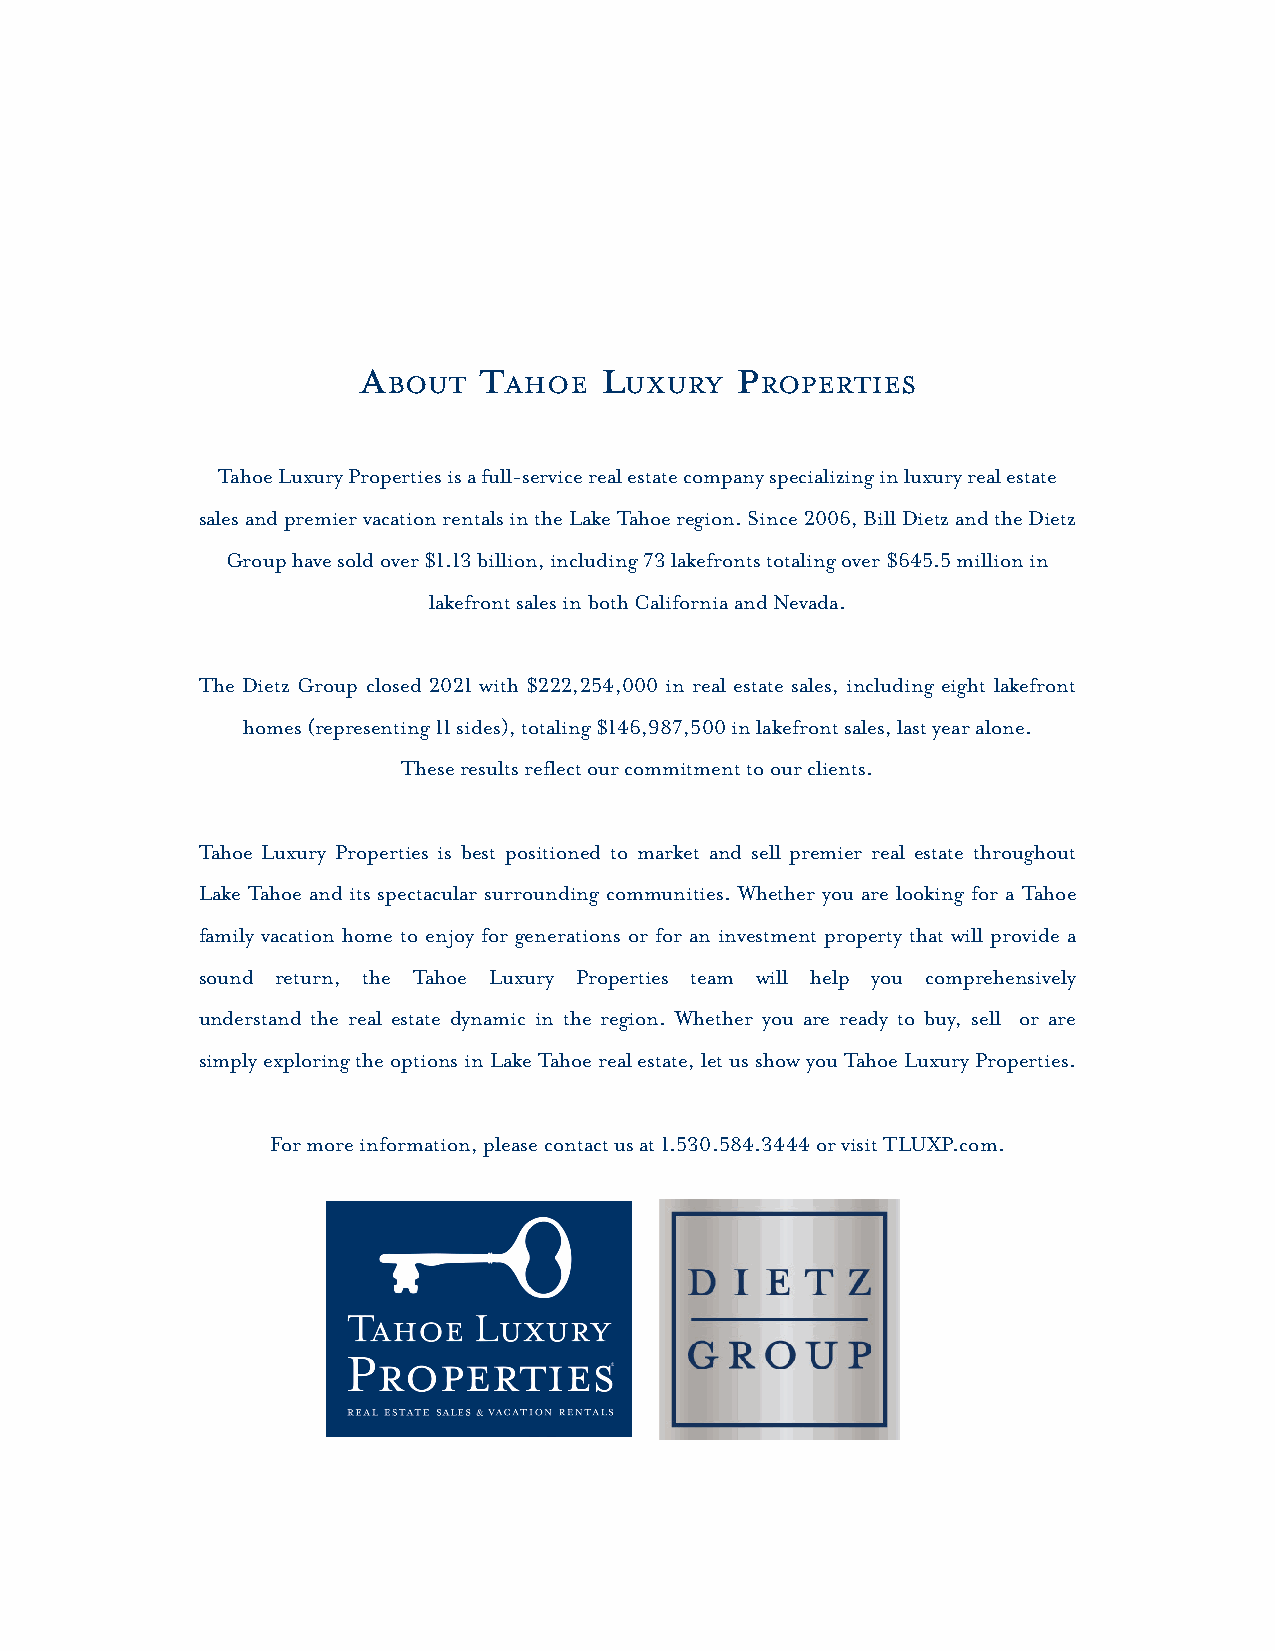
TOC
 a       T       L        p
 BouT   ahoe    uxuRY    RopeRTies
 Tahoe Luxury Properties is a full-service real estate company specializing in luxury real estate
 sales and premier vacation rentals in the Lake Tahoe region. Since 2006, Bill Dietz and the Dietz
 Group have sold over $1.13 billion, including 73 lakefronts totaling over $645.5 million in
 lakefront sales in both California and Nevada.
 The Dietz Group closed 2021 with $222,254,000 in real estate sales, including eight lakefront
 homes (representing 11 sides), totaling $146,987,500 in lakefront sales, last year alone.
 These results reflect our commitment to our clients.
 Tahoe Luxury Properties is best positioned to market and sell premier real estate throughout
 Lake Tahoe and its spectacular surrounding communities. Whether you are looking for a Tahoe
 family vacation home to enjoy for generations or for an investment property that will provide a
 sound return, the Tahoe Luxury Properties team will help you comprehensively
 understand the real estate dynamic in the region. Whether you are ready to buy, sell or are
 simply exploring the options in Lake Tahoe real estate, let us show you Tahoe Luxury Properties.
 For more information, please contact us at 1.530.584.3444 or visit TLUXP.com.